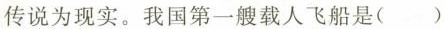
传说为现实。我国第一艘载人飞船是()